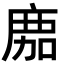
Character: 𢉻